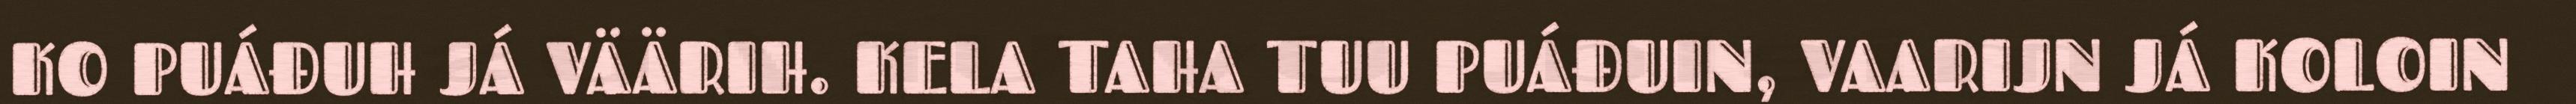
KO PUÁĐUH JÁ VÄÄRIH. KELA TAHA TUU PUÁĐUIN, VAARIJN JÁ KOLOIN